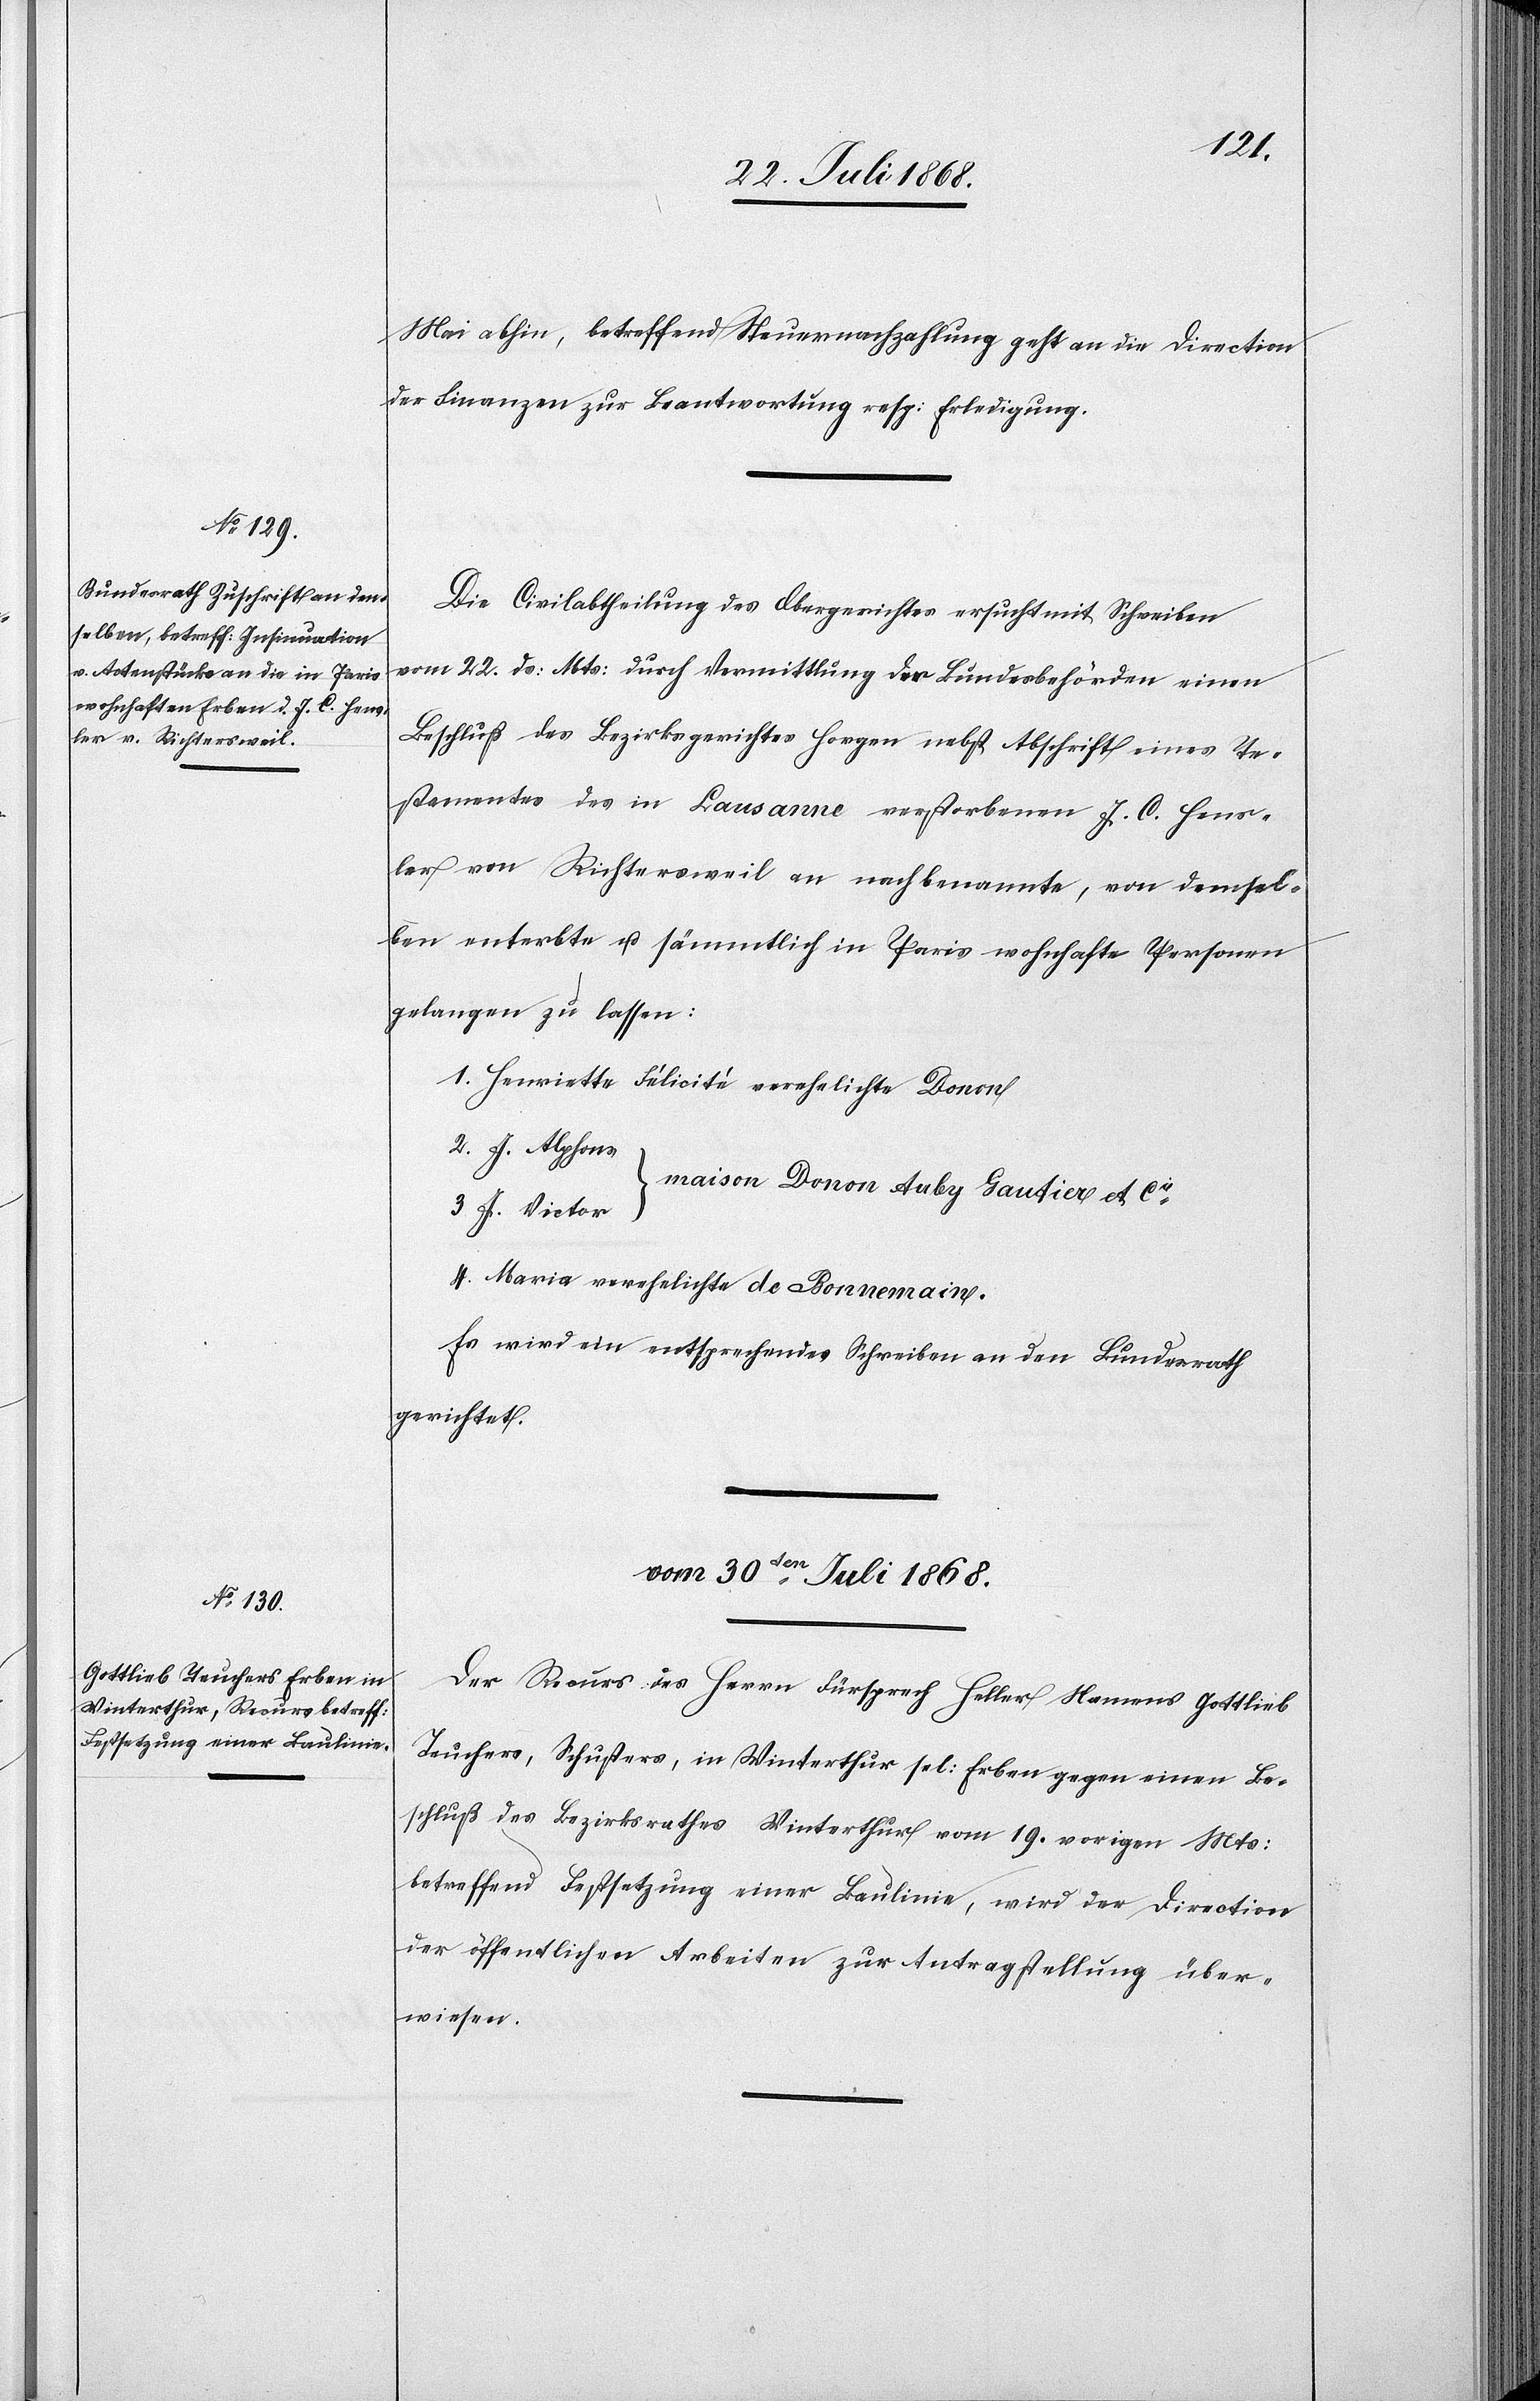
29. Juli 1868.]
Mai abhin, betreffend Steuernachzahlung geht an die Direction
der Finanzen zur Beantwortung resp: Erledigung.
Die Civilabtheilung des Obergerichtes ersucht mit Schreiben
vom 22. ds: Mts: durch Vermittlung der Bundesbehörden einen
Beschluß des Bezirksgerichtes Horgen nebst Abschrift eines Te¬
stamentes des in Lausanne verstorbenen J. C. Hens¬
ler von Richtersweil an nachbenannte, von demsel¬
ben enterbte u. sämmtlich in Paris wohnhafte Personen
gelangen zu lassen:
Henriette Félicité verehelichte Donon
maison Donon Auby Gautier et Cie
J. Victor
4.
Maria verehelichte de Bonnemain.
Es wird ein entsprechendes Schreiben an den Bundesrath
gerichtet.
vom 30ten Juli 1868.
Der Recurs des Herrn Fürsprech Heller Namens Gottlieb
Teuchers, Schusters, in Winterthur sel: Erben gegen einen Be¬
schluß des Bezirksrathes Winterthur vom 19. vorigen Mts:
betreffend Festsetzung einer Baulinie, wird der Direction
der öffentlichen Arbeiten zur Antragstellung über¬
wiesen.